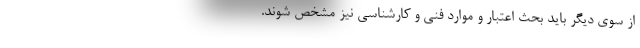
از سوی دیگر باید بحث اعتبار و موارد فنی و کارشناسی نیز مشخص شوند.